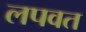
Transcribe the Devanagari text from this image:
लपवत